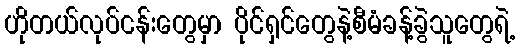
ဟိုတယ်လုပ်ငန်းတွေမှာ ပိုင်ရှင်တွေနဲ့စီမံခန့်ခွဲသူတွေရဲ့